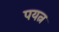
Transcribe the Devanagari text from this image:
पयत्न